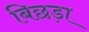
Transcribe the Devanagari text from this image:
बिछड़ा